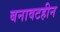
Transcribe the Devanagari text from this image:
बनावटहीन